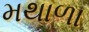
મથાળા